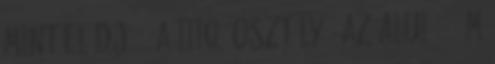
mint elődjéé, a IIIq. osztályé. Az alul 1,5 m